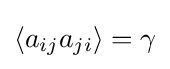
\langle a_{ij}a_{ji}\rangle =\gamma